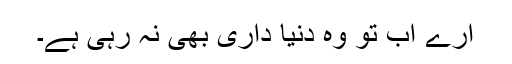
ارے اب تو وہ دنیا داری بھی نہ رہی ہے۔